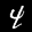
Label: 4